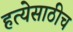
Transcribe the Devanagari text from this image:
हत्येसाठीच